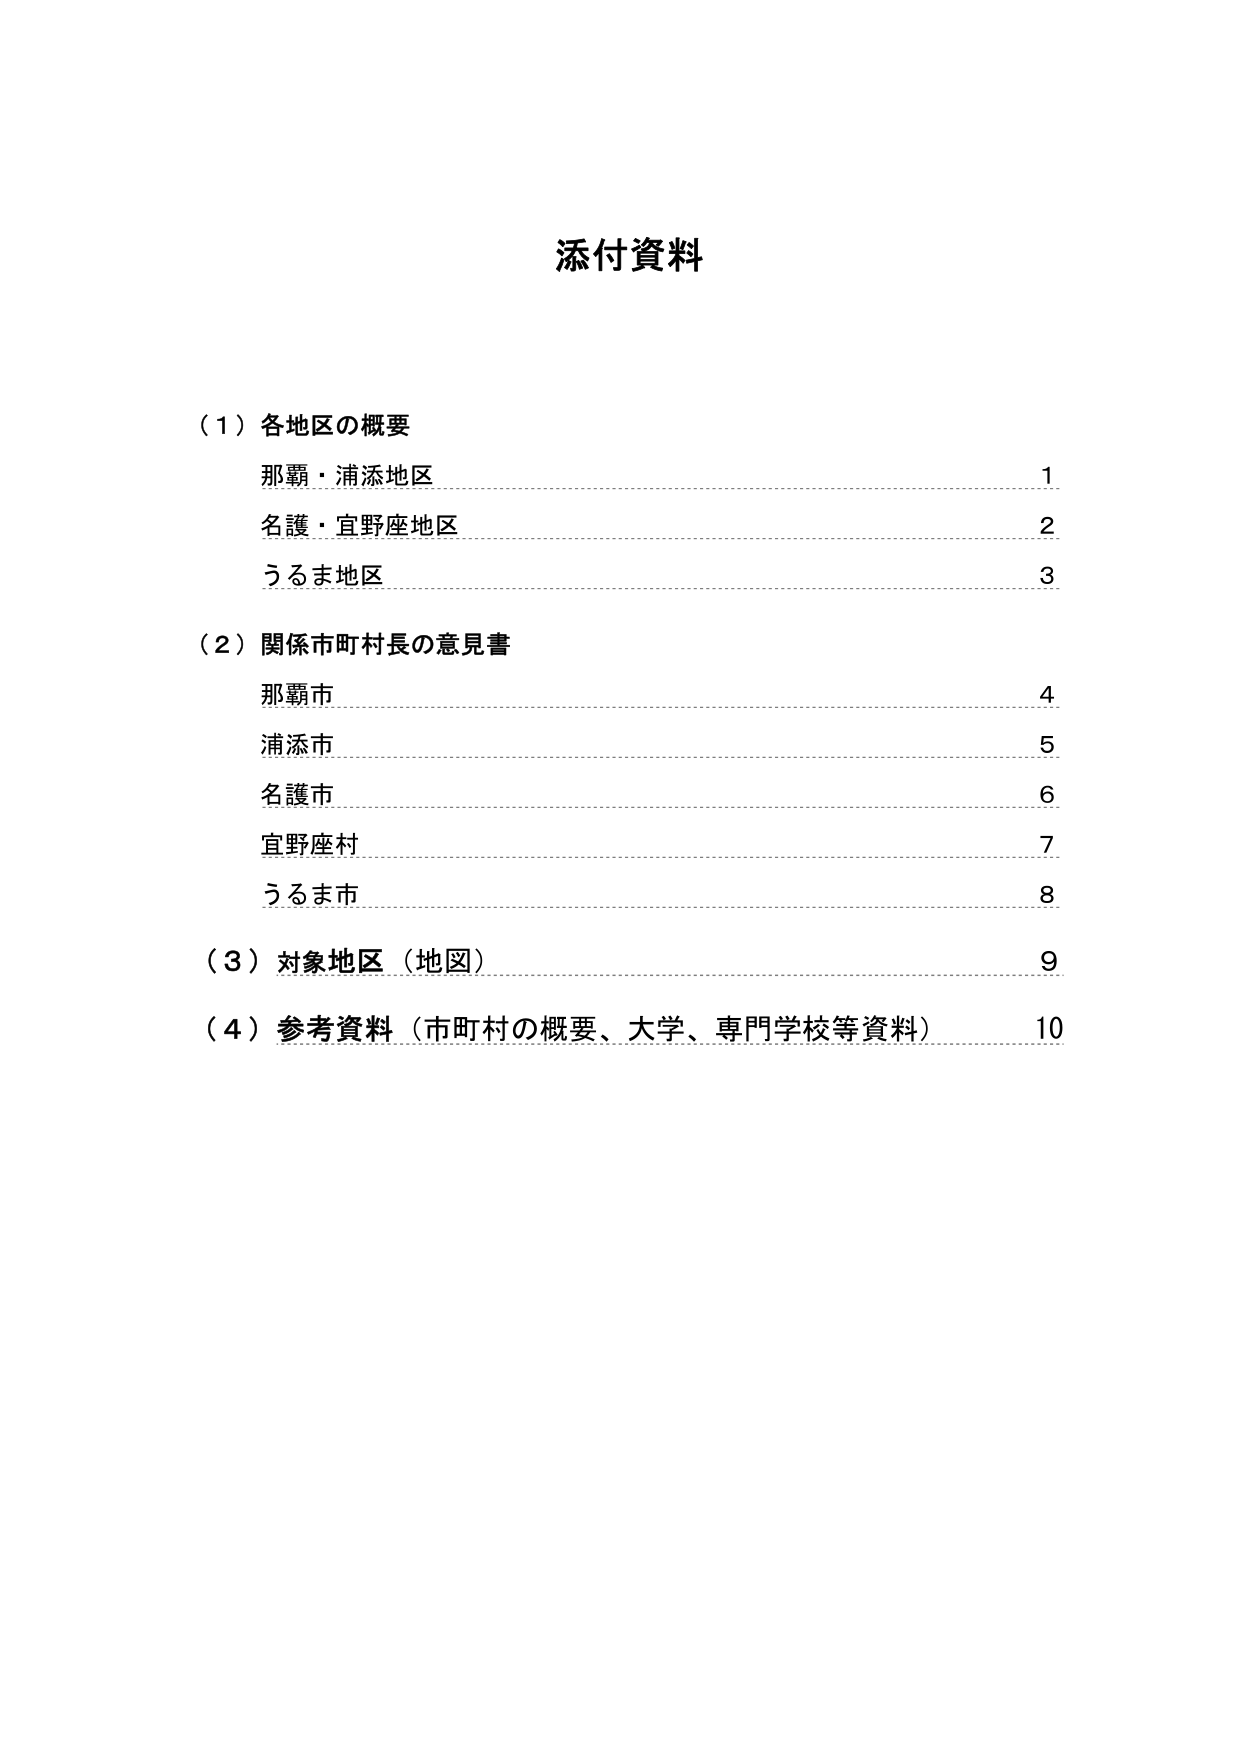
添付資料

（１）各地区の概要
那覇・浦添地区……………………………………………………………1
名護・宜野座地区……………………………………………………………2
うるま地区…………………………………………………………………3

（２）関係市町村長の意見書
那覇市………………………………………………………………………4
浦添市………………………………………………………………………5
名護市………………………………………………………………………6
宜野座村……………………………………………………………………7
うるま市……………………………………………………………………8

（３）対象地区（地図）……………………………………………………9

（４）参考資料（市町村の概要、大学、専門学校等資料）………………10